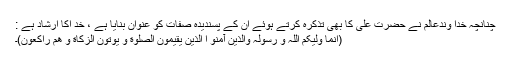
چنانچہ خدا وندعالم نے حضرت علی کا بھی تذکرہ کرتے ہوئے ان کے پسندیدہ صفات کو عنوان بنایا ہے ، خد اکا ارشاد ہے :
(انما ولیکم اللہ و رسولہ والذین آمنو ا الذین یقیمون الصلوة و یوتون الزکاة و ھم راکعون)۔